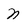
Character: N